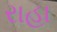
રાહા